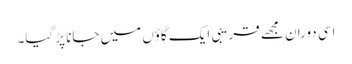
اسی دوران مجھے قریبی ایک گاؤں میں جانا پڑ گیا۔